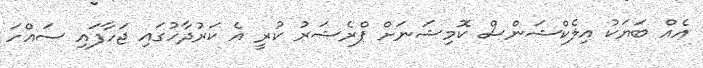
އެއް ބަޔަކު އިލެކްޝަންސް ކޮމިޝަނަށް ޕްރެޝަރު ކުރީ އެ ކަރުދާހުގައި ޖަހާފައި ސައްހަ